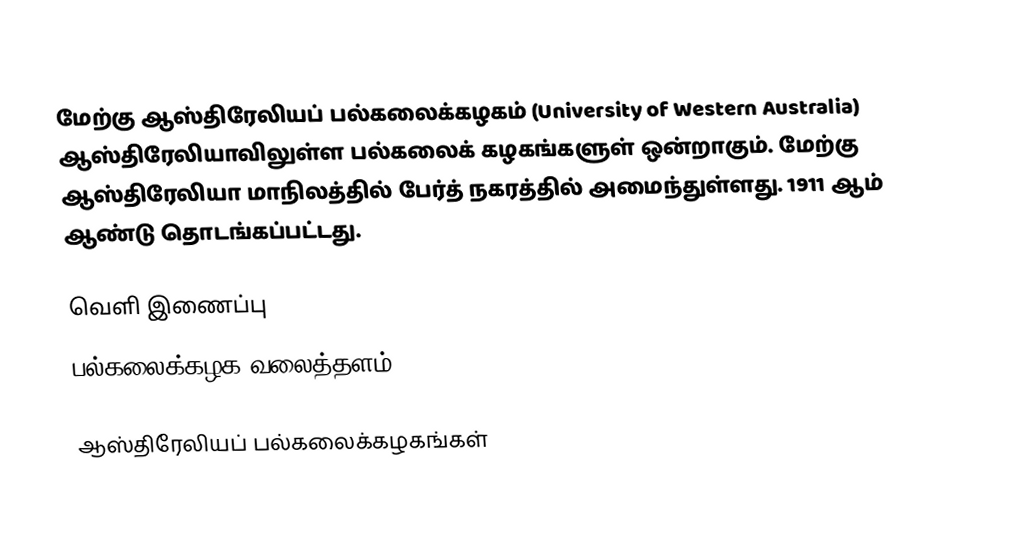
மேற்கு ஆஸ்திரேலியப் பல்கலைக்கழகம் (University of Western Australia) ஆஸ்திரேலியாவிலுள்ள பல்கலைக் கழகங்களுள் ஒன்றாகும். மேற்கு ஆஸ்திரேலியா மாநிலத்தில் பேர்த் நகரத்தில் அமைந்துள்ளது. 1911 ஆம் ஆண்டு தொடங்கப்பட்டது.

வெளி இணைப்பு
 பல்கலைக்கழக வலைத்தளம்

ஆஸ்திரேலியப் பல்கலைக்கழகங்கள்